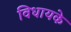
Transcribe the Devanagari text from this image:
विधायके